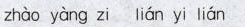
zhào yàng zi lián yi lián